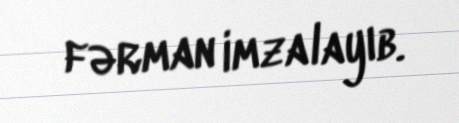
fərman imzalayıb.